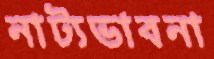
নাট্যভাবনা